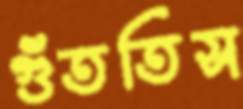
গুঁততিস